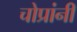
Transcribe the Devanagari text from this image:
चोप्रांनी